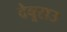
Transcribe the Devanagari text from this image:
देबूराउ